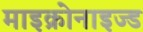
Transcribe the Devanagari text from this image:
माइक्रोनाइज्ड